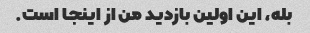
بله، این اولین بازدید من از اینجا است.